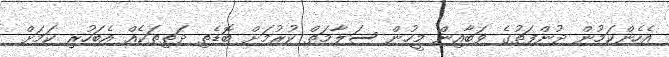
އެހެންކަމުން ދުންފަތުގެ ވަބާއިން މީހުން ސަލާމަތް ކުރުމަށް ބޮޑެތި ދަތިތަކެއް އެބަހުރި ކަމަށް